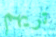
تريهم